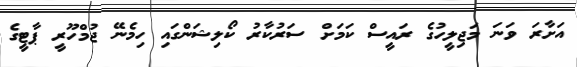
އަށާރަ ވަނަ މަޖިލީހުގެ ރައީސް ކަމަށް ސަރުކާރު ކޯލިޝަންގައި ހިމެނޭ ޖުމްހޫރީ ޕާޓީގެ